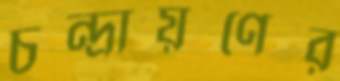
চন্দ্রায়ণের